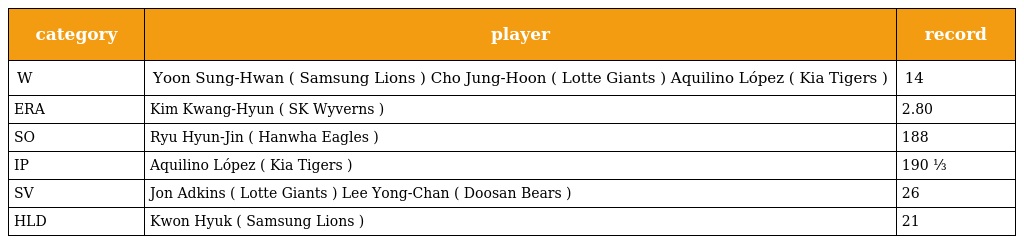
| category | player | record |
 | --- | --- | --- |
 | W | Yoon Sung-Hwan ( Samsung Lions ) Cho Jung-Hoon ( Lotte Giants ) Aquilino López ( Kia Tigers ) | 14 |
 | ERA | Kim Kwang-Hyun ( SK Wyverns ) | 2.80 |
 | SO | Ryu Hyun-Jin ( Hanwha Eagles ) | 188 |
 | IP | Aquilino López ( Kia Tigers ) | 190 ⅓ |
 | SV | Jon Adkins ( Lotte Giants ) Lee Yong-Chan ( Doosan Bears ) | 26 |
 | HLD | Kwon Hyuk ( Samsung Lions ) | 21 |